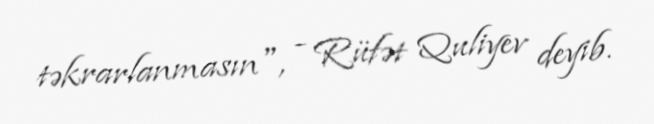
təkrarlanmasın", - Rüfət Quliyev deyib.